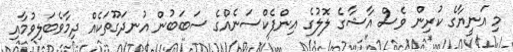
މި އަނީޔާގެ ކުރިން ވެސް އާޝާގެ ލޮލުގެ އިންފެކްސަނެއްގެ ސަބަބުން އުނދަގޫތަކެއް ދިމާވެބަލިވުމާއި